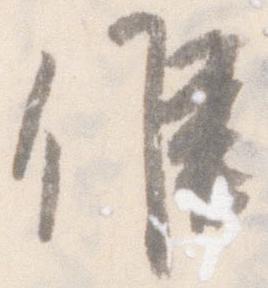
候